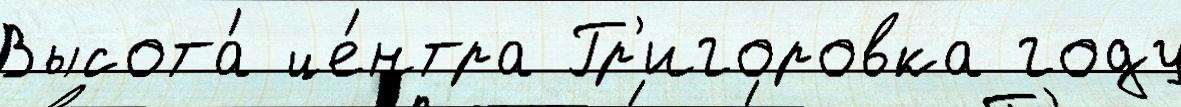
Высота́ це́нтра Гр'игоровка году